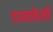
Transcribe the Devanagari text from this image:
दस्तवेजों